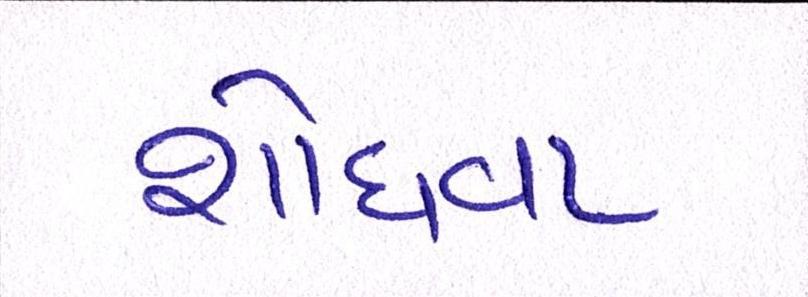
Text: શોધવા